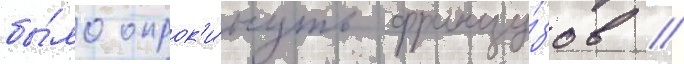
бы́ло опрок'и́нуть францу́зов //